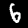
Digit: 6